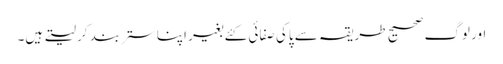
اور لوگ صحیح طریقہ سے پاکی صفائی کئے بغیر اپنا ستر بند کر لیتے ہیں۔